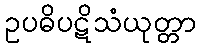
ဥပဓိပဋိသံယုတ္တာ